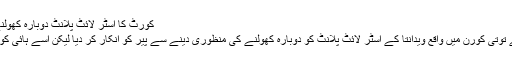
کورٹ کا اسٹر لائٹ پلانٹ دوبارہ کھولنے کی اجازت دینے سے انکار
سپریم کورٹ نے تمل ناڈو کے توتی کورن میں واقع ویدانتا کے اسٹر لائٹ پلانٹ کو دوبارہ کھولنے کی منظوری دینے سے پیر کو انکار کر دیا لیکن اسے ہائی کورٹ جانے کی چھوٹ دے دی۔